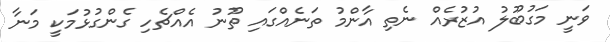
ވަނީ މަގުބޫލު އުޒުރެއް ނެތި އާންމު ތަނެއްގައި ތޫނު އެއްޗެހި ގެންގުޅުމަކީ މަނާ